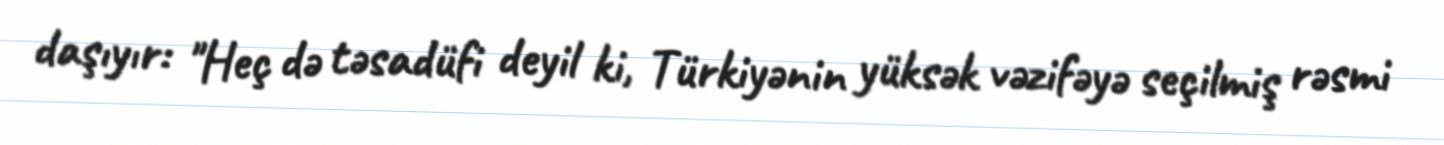
daşıyır: "Heç də təsadüfi deyil ki, Türkiyənin yüksək vəzifəyə seçilmiş rəsmi